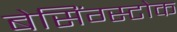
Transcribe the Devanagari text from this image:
बेसिंग्स्टोक